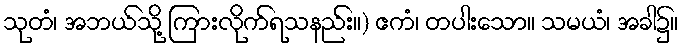
သုတံ၊ အဘယ်သို့ ကြားလိုက်ရသနည်း။) ဧကံ၊ တပါးသော။ သမယံ၊ အခါ၌။